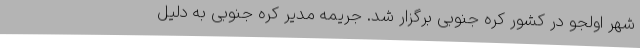
شهر اولجو در کشور کره جنوبی برگزار شد. جریمه مدیر کره جنوبی به دلیل